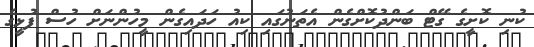
ކުނި ކޮށީގެ ގޭޓް ބަންދުކޮށްގެން އެތަނުގައި ކިއު ހަދައިގެން މީހުންނަށް ހުސް ފުޅީގެ